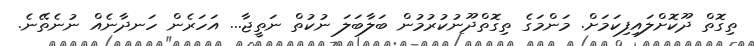
ތިގޮތް ދޫކޮށްލައިފިކަމަށް. މަންމަގެ ތިގޮތްދޫނުކުރުމުން ބަލާބަލަ ނުކުތް ނަތީޖާ... އަހަރެން ހަނދާނެއް ނުނެތޭނެ.